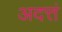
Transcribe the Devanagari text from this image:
अदत्तं